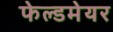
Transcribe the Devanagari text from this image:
फेल्डमेयर